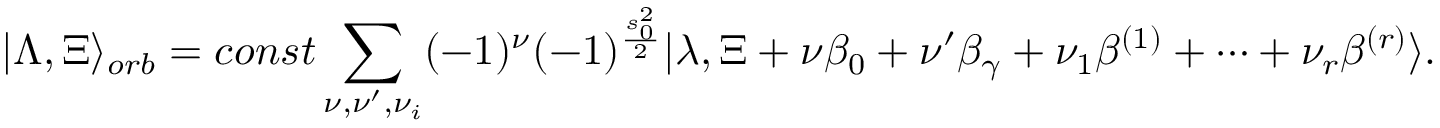
| \Lambda , \Xi \rangle _ { o r b } = c o n s t \sum _ { \nu , \nu ^ { \prime } , \nu _ { i } } ( - 1 ) ^ { \nu } ( - 1 ) ^ { \frac { s _ { 0 } ^ { 2 } } { 2 } } | \lambda , \Xi + \nu \beta _ { 0 } + \nu ^ { \prime } \beta _ { \gamma } + \nu _ { 1 } \beta ^ { ( 1 ) } + \dots + \nu _ { r } \beta ^ { ( r ) } \rangle .